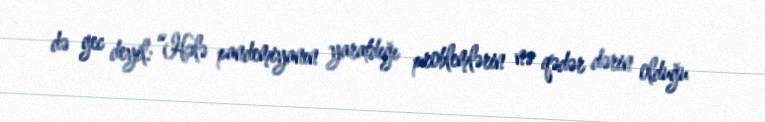
də gec deyil: “Hələ pandemiyanın yaratdığı problemlərin nə qədər dərin olduğu